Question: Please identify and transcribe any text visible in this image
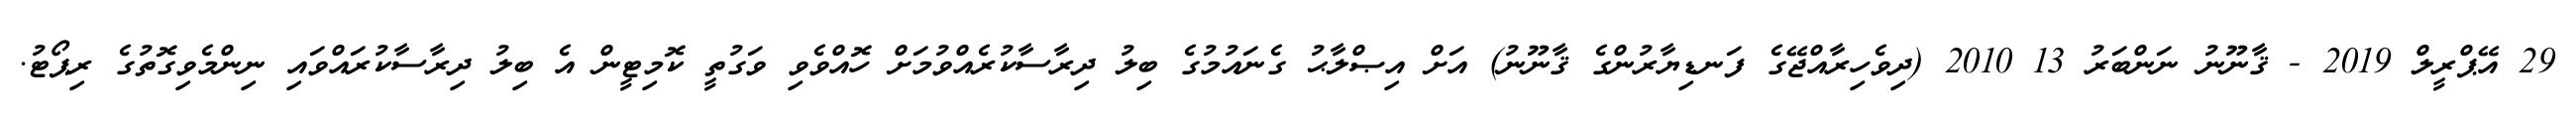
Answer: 29 އޭޕްރީލް 2019 - ޤާނޫނު ނަންބަރު 13 2010 (ދިވެހިރާއްޖޭގެ ފަނޑިޔާރުންގެ ޤާނޫނު) އަށް އިޞްލާޙު ގެނައުމުގެ ބިލު ދިރާސާކުރެއްވުމަށް ހޮއްވެވި ވަގުތީ ކޮމިޓީން އެ ބިލު ދިރާސާކުރައްވައި ނިންމެވިގޮތުގެ ރިޕޯޓު.